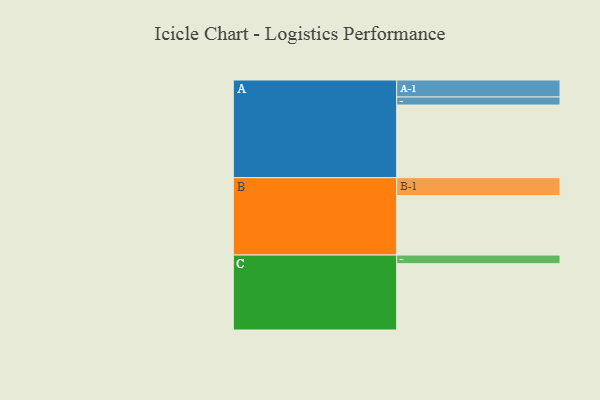
{"axis": {"x": "Segment", "y": "Value"}, "legend": ["", "A", "B", "C"], "data": [{"x": "A", "y": 598, "type": ""}, {"x": "B", "y": 490, "type": ""}, {"x": "C", "y": 546, "type": ""}, {"x": "A-1", "y": 140, "type": "A"}, {"x": "A-2", "y": 66, "type": "A"}, {"x": "B-1", "y": 147, "type": "B"}, {"x": "C-1", "y": 71, "type": "C"}]}